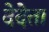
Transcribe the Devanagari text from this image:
देदेता